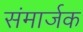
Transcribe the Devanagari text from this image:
संमार्जक